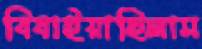
বিষাইয়াছিলাম